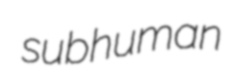
subhuman